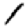
Digit: 1